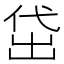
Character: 𬾚